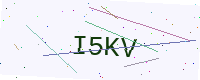
Text: I5KV